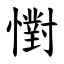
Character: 㦠